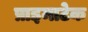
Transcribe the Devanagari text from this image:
प्राइमाटेक